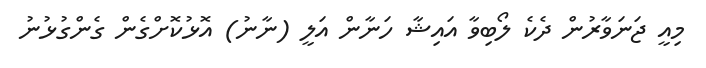
މިއީ ޖަނަވާރުން ދެކެ ލޯބިވާ އައިޝާ ހަނާން އަލީ (ނާނު) އޮޅުކޮށްގެން ގެންގުޅުނު